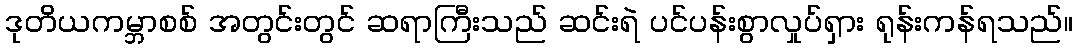
ဒုတိယကမ္ဘာစစ် အတွင်းတွင် ဆရာကြီးသည် ဆင်းရဲ ပင်ပန်းစွာလှုပ်ရှား ရုန်းကန်ရသည်။